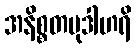
အနိစ္စတမုဒါဟရိ